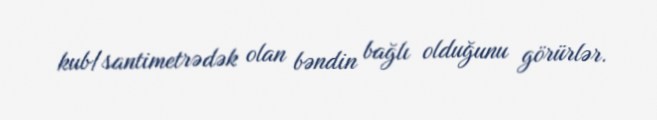
kub/santimetrədək olan bəndin bağlı olduğunu görürlər.